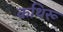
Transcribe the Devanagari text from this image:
कथिरू